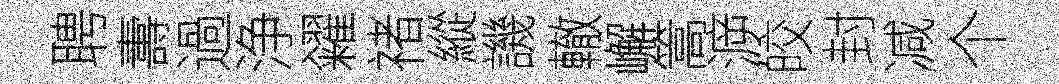
聘夀過浄糴禇縱譏轍嶰篙㴑皎封减个